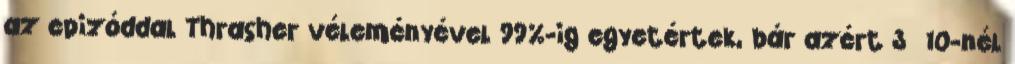
az epizóddal Thrasher véleményével 99%-ig egyetértek, bár azért 3 10-nél